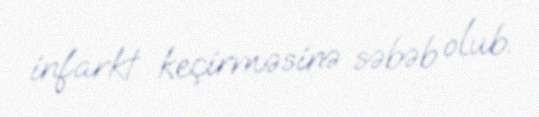
infarkt keçirməsinə səbəb olub.